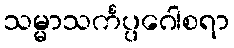
သမ္မာသင်္ကပ္ပဂေါစရာ